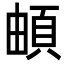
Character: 頔